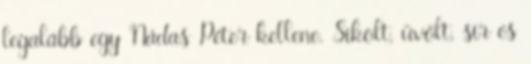
legalább egy Nádas Péter kellene. Sikolt, üvölt, sír és